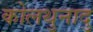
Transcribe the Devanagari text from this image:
कोलथुनादु